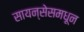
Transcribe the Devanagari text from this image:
सायन्सेसमधून